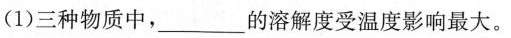
(1)三种物质中，___的溶解度受温度影响最大。